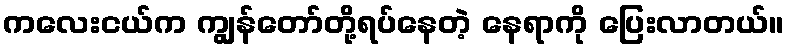
ကလေးငယ်က ကျွန်တော်တို့ရပ်နေတဲ့ နေရာကို ပြေးလာတယ်။